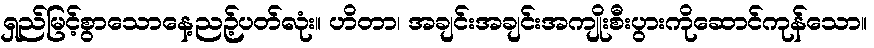
ရှည်မြင့်စွာသောနေ့ညဉ့်ပတ်လုံး။ ဟိတာ၊ အချင်းအချင်းအကျိုးစီးပွားကိုဆောင်ကုန်သော။